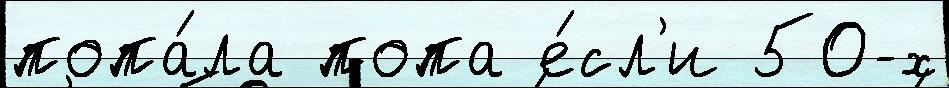
попа́ла попа е́сл'и 50-х